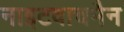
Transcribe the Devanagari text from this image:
नाइटवाचमैन